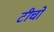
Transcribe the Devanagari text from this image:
टीचो